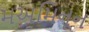
મઅમિનૂન